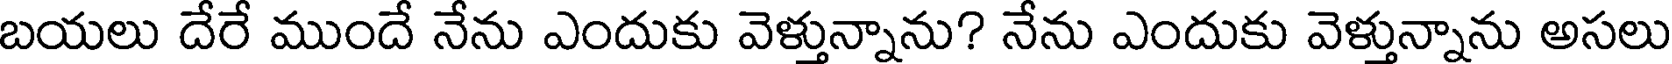
బయలు దేరే ముందే నేను ఎందుకు వెళ్తున్నాను? నేను ఎందుకు వెళ్తున్నాను అసలు